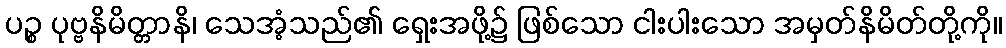
ပဉ္စ ပုဗ္ဗနိမိတ္တာနိ၊ သေအံ့သည်၏ ရှေးအဖို့၌ ဖြစ်သော ငါးပါးသော အမှတ်နိမိတ်တို့ကို။